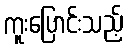
ကူးပြောင်းသည့်